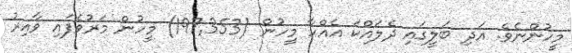
މީހުންނެވެ. އަދި ބަލީގައި ދެލައްކަ އެއްހާ މީހުން (197